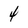
Character: 4